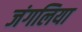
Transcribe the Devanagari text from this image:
जंगलिया